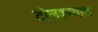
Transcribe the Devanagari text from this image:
टोलवण्यात